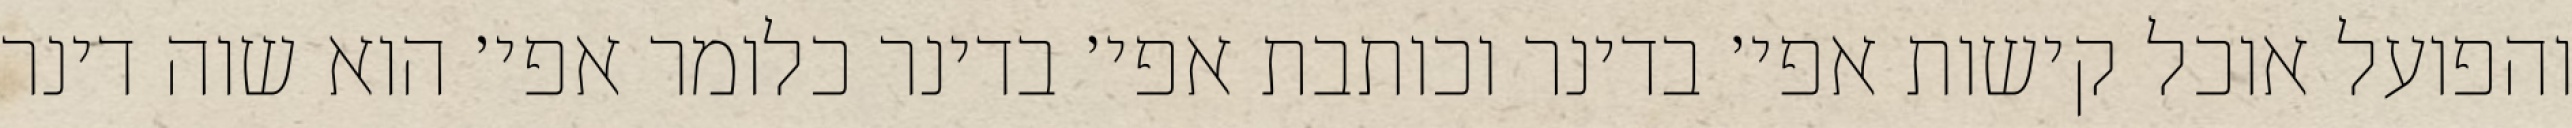
והפועל אוכל קישות אפי׳ בדינר וכותבת אפי׳ בדינר כלומר אפי׳ הוא שוה דינר